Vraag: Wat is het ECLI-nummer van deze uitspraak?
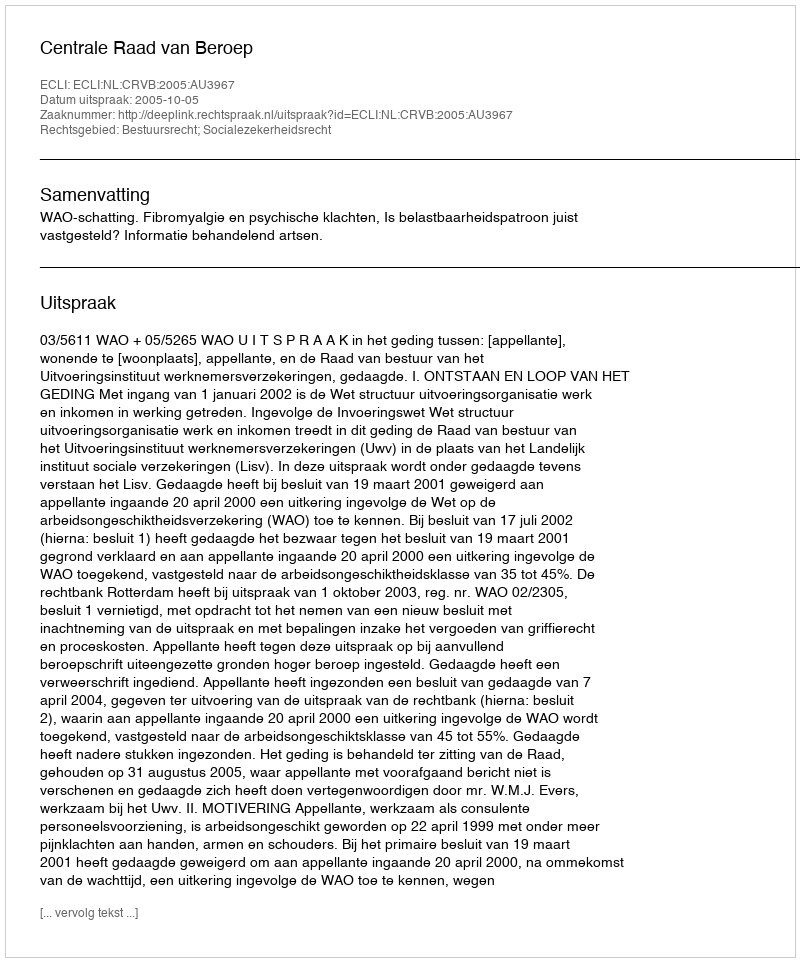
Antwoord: ECLI:NL:CRVB:2005:AU3967